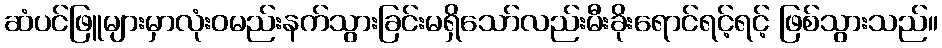
ဆံပင်ဖြူများမှာလုံးဝမည်းနက်သွားခြင်းမရှိသော်လည်းမီးခိုးရောင်ရင့်ရင့် ဖြစ်သွားသည်။